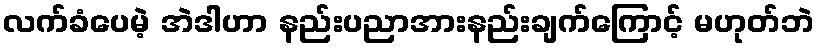
လက်ခံပေမဲ့ အဲဒါဟာ နည်းပညာအားနည်းချက်ကြောင့် မဟုတ်ဘဲ